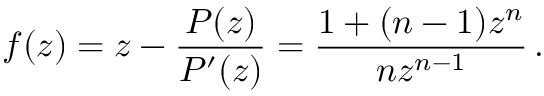
f ( z ) = z - { \frac { P ( z ) } { P ^ { \prime } ( z ) } } = { \frac { 1 + ( n - 1 ) z ^ { n } } { n z ^ { n - 1 } } } \, .